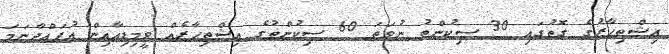
އިޝްތިހާރުގެ ގޮތުގައި 30 ސިކުންތު ނުވަތަ 60 ސިކުންތުގެ އިޝްތިހާރެއް ވީމިޑިއާއިން އުފައްދާނަމަ